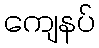
ကျေနပ်